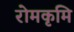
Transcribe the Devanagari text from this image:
रोमकृमि